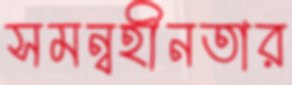
সমন্বহীনতার